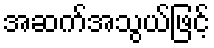
အဆက်အသွယ်ဖြင့်